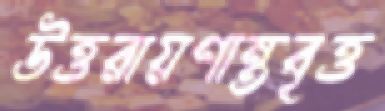
উত্তরায়ণান্তবৃত্ত